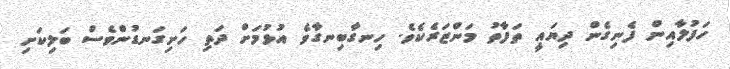
ހަފުލާއިން ފެނިގެން ދިޔައީ ތަފާތު މަންޒަރެކެވެ. ހިނގާބިނގާވެ އުޅުމަށް ދަތި ހަށިގަނޑުންވެސް ބަލިކަށި